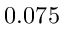
0 . 0 7 5